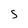
Character: 5